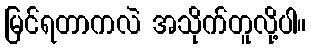
မြင်ရတာကလဲ အသိုက်တူလို့ပါ။